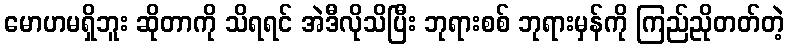
မောဟမရှိဘူး ဆိုတာကို သိရရင် အဲဒီလိုသိပြီး ဘုရားစစ် ဘုရားမှန်ကို ကြည်ညိုတတ်တဲ့